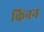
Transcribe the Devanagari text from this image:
किनन